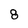
Character: 8